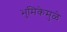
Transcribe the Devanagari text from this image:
भुमिकेमुळे